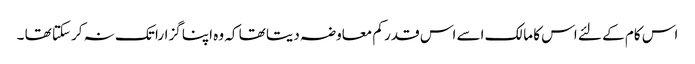
اس کام کے لئے اس کا مالک اسے اس قدر کم معاوضہ دیتا تھا کہ وہ اپنا گزارا تک نہ کرسکتا تھا ۔